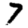
Digit: 7